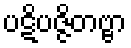
ပဋိပဇ္ဇိတဗ္ဗာ